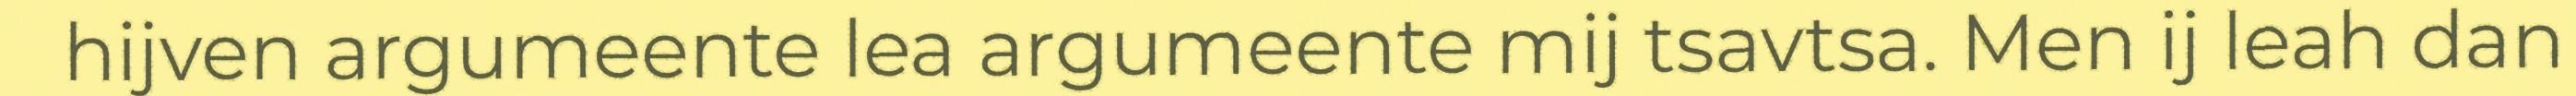
hijven argumeente lea argumeente mij tsavtsa. Men ij leah dan